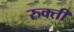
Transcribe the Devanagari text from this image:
रुक्ती